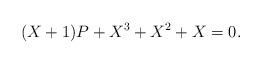
LaTeX: \begin{align*} (X + 1)P + X^3 + X^2 + X = 0.\end{align*}